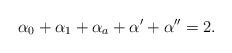
LaTeX: \begin{align*}\alpha_0+\alpha_1+\alpha_a+\alpha'+\alpha''=2.\end{align*}